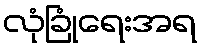
လုံခြုံရေးအရ